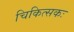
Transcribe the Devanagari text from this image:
चिकित्सकः